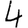
Digit: 4